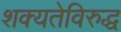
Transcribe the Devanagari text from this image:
शक्यतेविरुद्ध